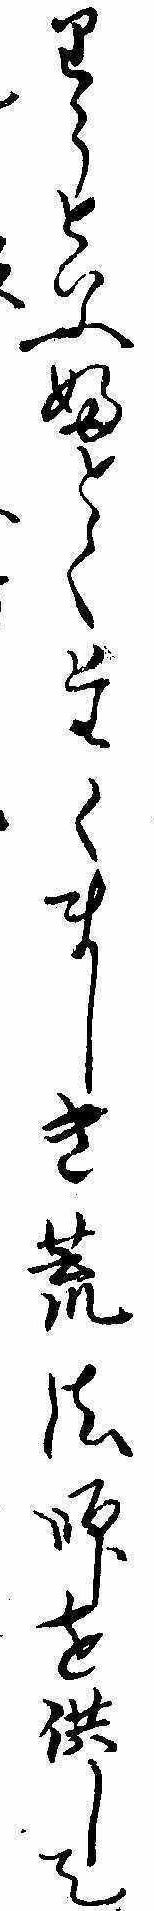
りうといふふとくたくましき荒法師を供して